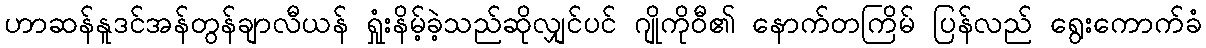
ဟာဆန်နူဒင်အန်တွန်ချာလီယန် ရှုံးနိမ့်ခဲ့သည်ဆိုလျှင်ပင် ဂျိုကိုဝီ၏ နောက်တကြိမ် ပြန်လည် ရွေးကောက်ခံ